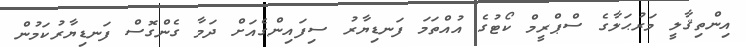
އިންތިޤާލީ މަރުޙަލާގެ ސްޕްރީމް ކޯޓުގެ އުއްތަމަ ފަނޑިޔާރު ސިފައިންގެއަށް ދަމާ ގެންގޮސް ފަނޑިޔާރުކަމުން